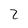
Character: 2